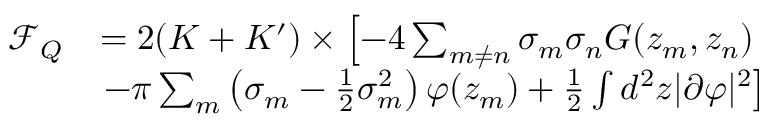
\begin{array} { r l } { \mathcal F _ { Q } } & { = 2 ( K + K ^ { \prime } ) \times \left[ - 4 \sum _ { m \neq n } \sigma _ { m } \sigma _ { n } G ( z _ { m } , z _ { n } ) \right. } \\ & { \left. - \pi \sum _ { m } \left( \sigma _ { m } - \frac { 1 } { 2 } \sigma _ { m } ^ { 2 } \right) \varphi ( z _ { m } ) + \frac { 1 } { 2 } \int d ^ { 2 } z | \partial \varphi | ^ { 2 } \right] } \end{array}